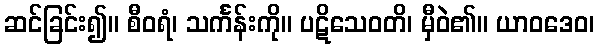
ဆင်ခြင်း၍။ စီဝရံ၊ သင်္ကန်းကို။ ပဋိသေဝတိ၊ မှီဝဲ၏။ ယာဝဒေဝ၊